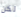
لكن